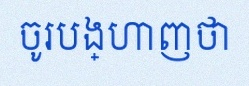
ចូរបង្ហាញថា